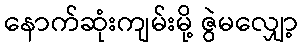
နောက်ဆုံးကျမ်းမို့ ဇွဲမလျှော့